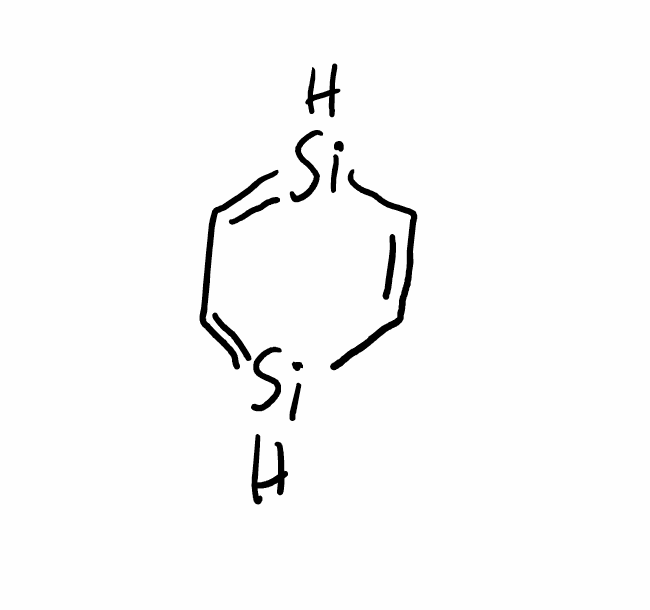
Simplified molecular-input line-entry system (SMILES) notation of the given molecule:
C1=C[SiH]=CC=[SiH]1